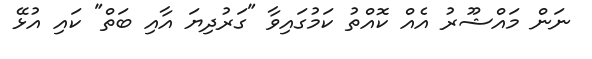
ނަން މައްޝޫރު އެއް ކޮއްތު ކަމުގައިވާ "ގަރުދިޔަ އާއި ބަތް" ކައި އުޅޭ